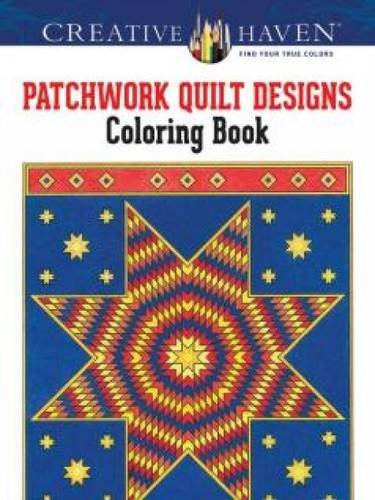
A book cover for Creative Haven Patchwork Quilt Designs Coloring Book (Creative Haven Coloring Books); Carol Schmidt; Crafts, Hobbies & Home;